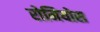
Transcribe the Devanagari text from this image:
रोमियोस